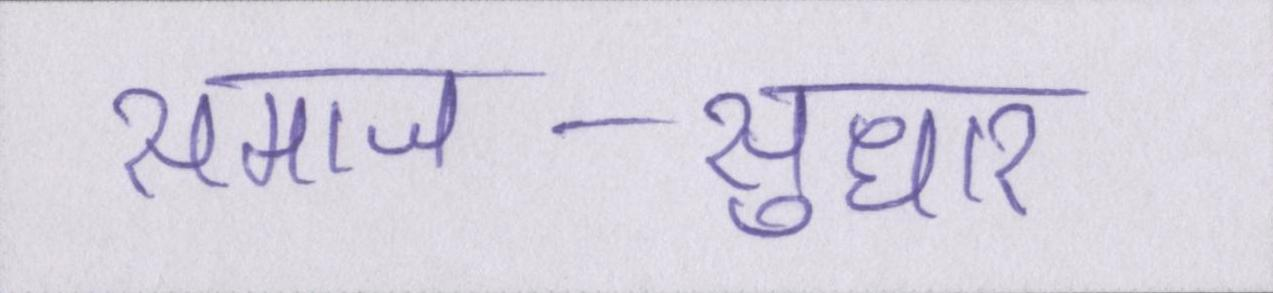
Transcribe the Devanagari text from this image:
समाज-सुधार